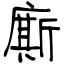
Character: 廝